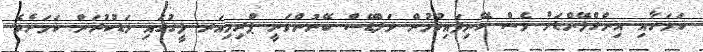
ކަމަށާއި އިންގްލޭންޑަށް ވެސް ހޭނިފައިވުމުން ވަލްޑޭސް ބޭނުންވަނީ ޕްރިމިއަރ ލީގުގައި މަޑުކުރަން ކަމަށެވެ.